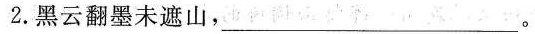
2.黑云翻墨未遮山，___